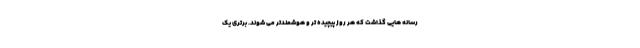
رسانه هایی گذاشت که هر روز پیچیده تر و هوشمندتر می شوند. برتری یک